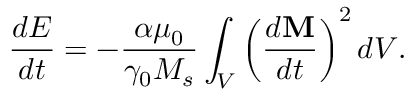
\frac { d E } { d t } = - \frac { \alpha \mu _ { 0 } } { \gamma _ { 0 } M _ { s } } \int _ { V } \left( \frac { d \bf { M } } { d t } \right) ^ { 2 } d V .